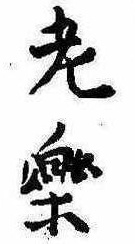
老楽